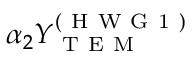
\alpha _ { 2 } Y _ { \mathrm { ~ T ~ E ~ M ~ } } ^ { ( \mathrm { ~ H ~ W ~ G ~ 1 ~ } ) }